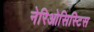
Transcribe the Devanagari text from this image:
नेरिओसिस्टिस